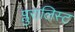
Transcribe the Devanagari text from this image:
प्लुरालिस्ट